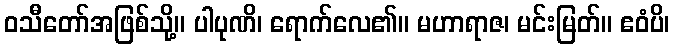
ဝသီတော်အဖြစ်သို့။ ပါပုဏိ၊ ရောက်လေ၏။ မဟာရာဇ၊ မင်းမြတ်။ ဧဝံပိ၊